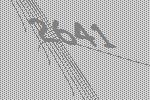
2641